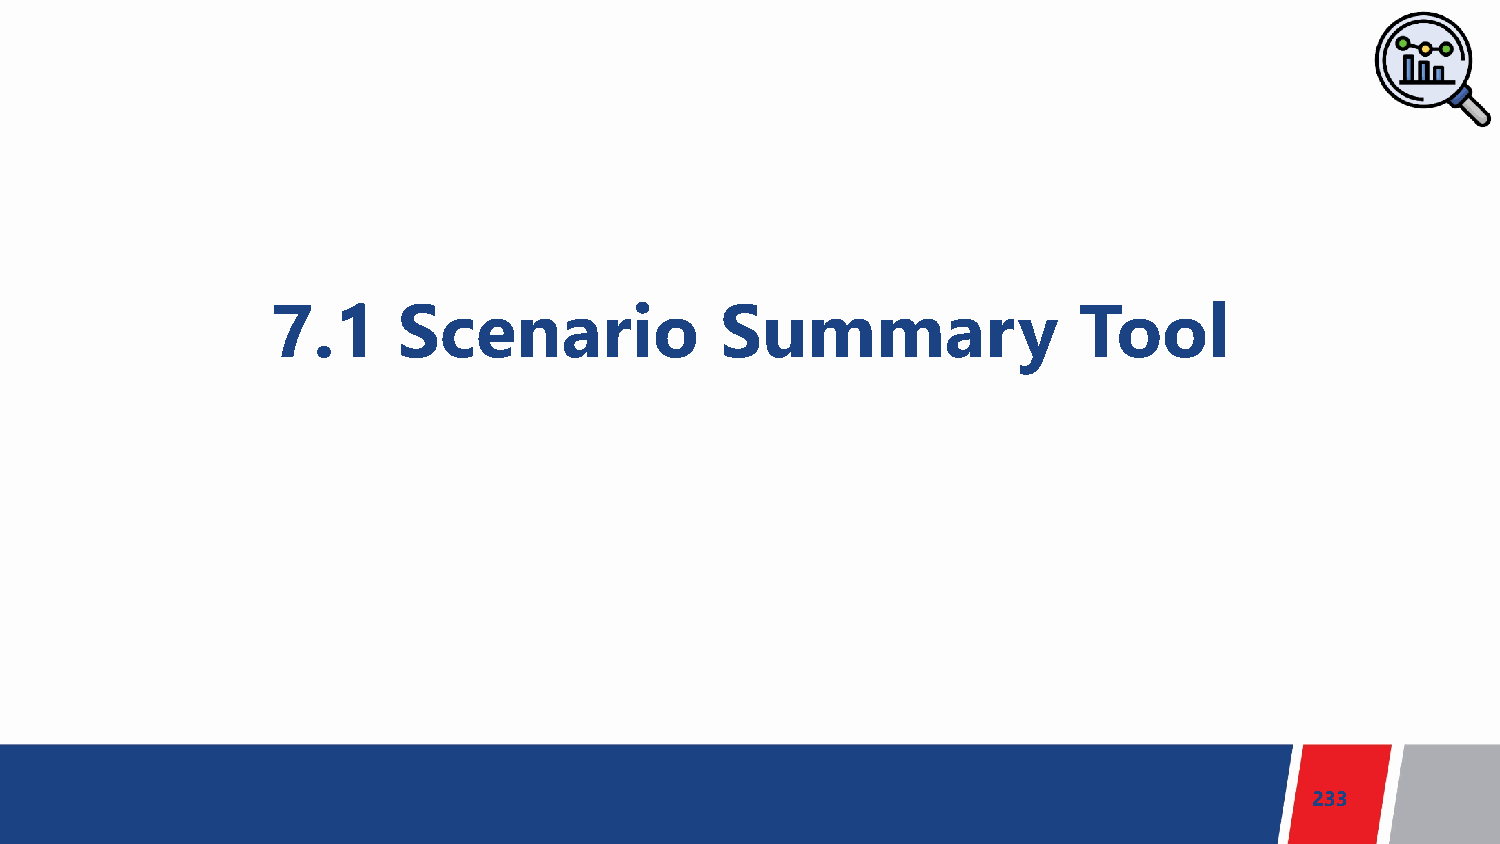
7.1     Scenario              Summary                Tool
 233